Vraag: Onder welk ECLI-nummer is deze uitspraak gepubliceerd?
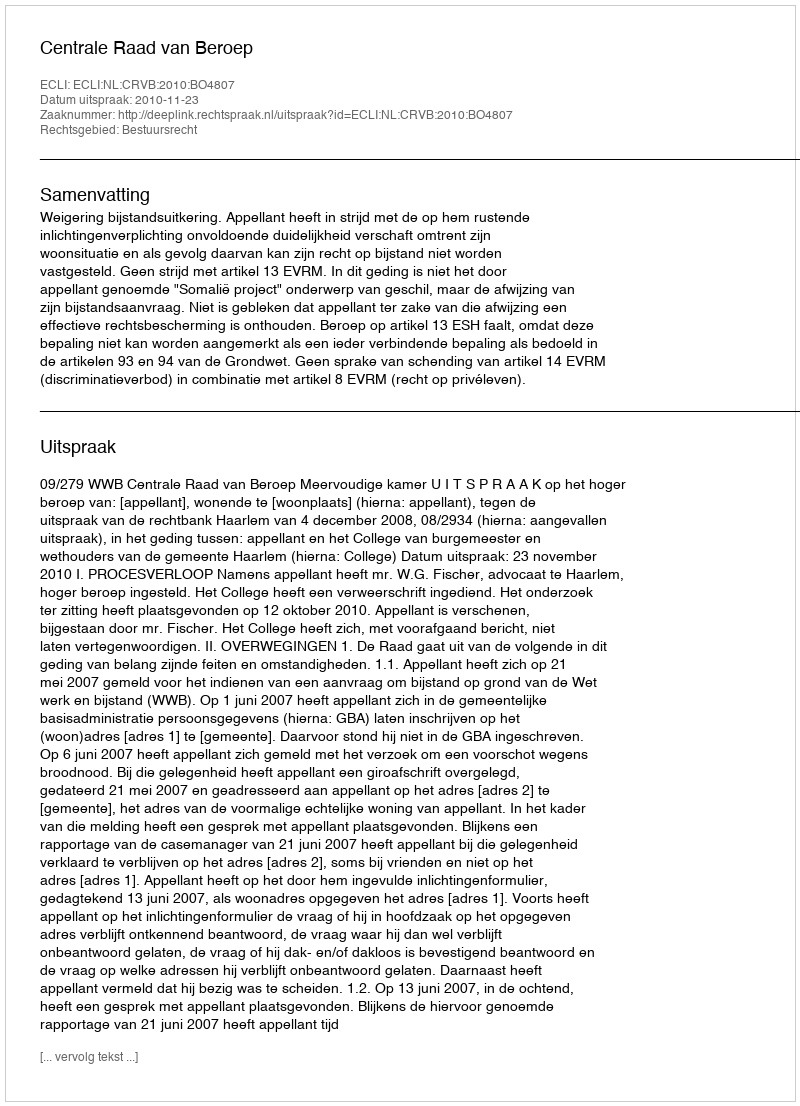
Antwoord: ECLI:NL:CRVB:2010:BO4807